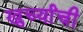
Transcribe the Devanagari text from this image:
खुर्च्यांची